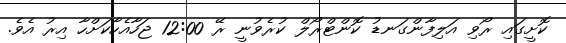
ކޮށީގައި ރޯވި އަލިފާންގަނޑު ކޮންޓްރޯލް ކުރެވުނީ ރޭ 12:00 ޖަހާއެހާކަށްހާ އިރު އެވެ.